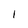
Character: 1